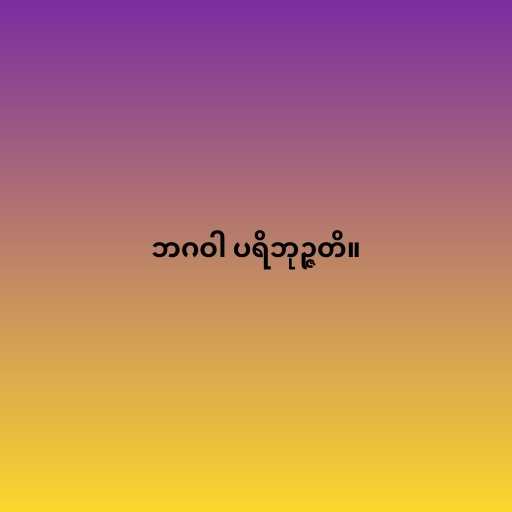
ဘဂဝါ ပရိဘုဉ္ဇတိ။